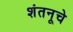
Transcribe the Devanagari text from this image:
शंतनूचे